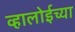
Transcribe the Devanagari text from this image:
व्हालोईच्या